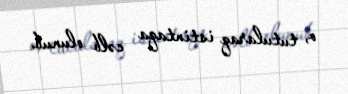
o, tutularaq istintaqa cəlb olunub.